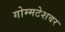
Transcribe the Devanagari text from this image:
गोम्मटेशवर